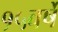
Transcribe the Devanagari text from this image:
१५वर्षे